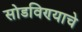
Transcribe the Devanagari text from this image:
सोडविण्‍याचे